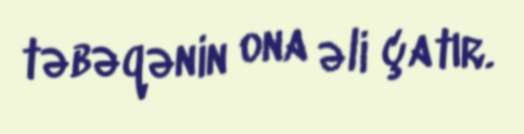
təbəqənin ona əli çatır.